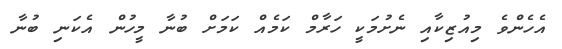
އެހެންވެ މިއުޒިކާއި ނެށުމަކީ ހަރާމް ކަމެއް ކަމަށް ބުނާ މީހުން އެކަނި ބުނާ